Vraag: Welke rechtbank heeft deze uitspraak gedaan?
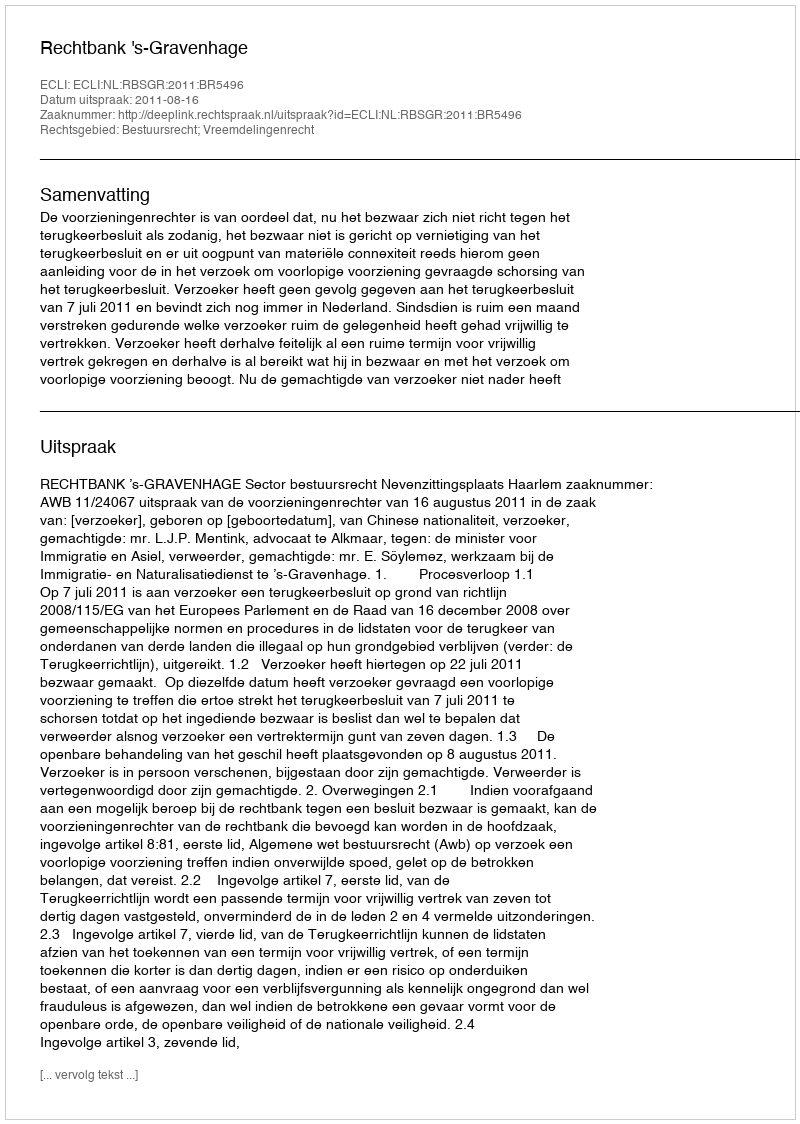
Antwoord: Rechtbank 's-Gravenhage